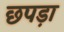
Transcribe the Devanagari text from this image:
छपड़ा